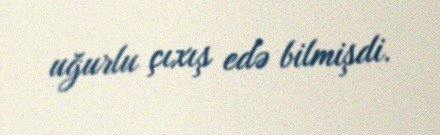
uğurlu çıxış edə bilmişdi.